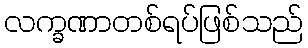
လက္ခဏာတစ်ရပ်ဖြစ်သည်